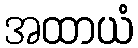
အထာယံ